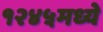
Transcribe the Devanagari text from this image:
१२४५मध्ये